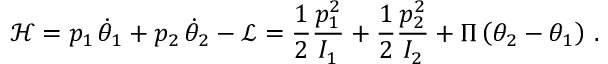
\mathcal { H } = p _ { 1 } \, \dot { \theta } _ { 1 } + p _ { 2 } \, \dot { \theta } _ { 2 } - \mathcal { L } = \frac { 1 } { 2 } \frac { p _ { 1 } ^ { 2 } } { I _ { 1 } } + \frac { 1 } { 2 } \frac { p _ { 2 } ^ { 2 } } { I _ { 2 } } + \Pi \left( \theta _ { 2 } - \theta _ { 1 } \right) \, .